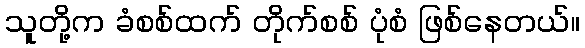
သူတို့က ခံစစ်ထက် တိုက်စစ် ပုံစံ ဖြစ်နေတယ်။